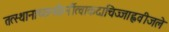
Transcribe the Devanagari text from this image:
तत्स्थानाच्छनकैर्नीत्वाकदाचिज्जाह्नवीजले